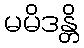
မမိဒန္တိ